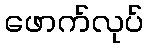
ဖောက်လုပ်